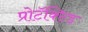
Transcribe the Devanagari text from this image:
प्रोटॅक्टिड